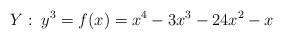
LaTeX: \begin{align*} Y:\; y^3 = f(x) = x^4-3x^3-24x^2-x \end{align*}